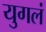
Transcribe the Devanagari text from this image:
युगलं